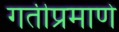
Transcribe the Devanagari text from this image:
गतीप्रमाणे